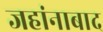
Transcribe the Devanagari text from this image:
जहांनाबाद